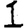
Digit: 1